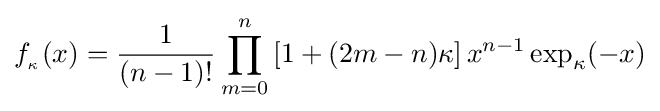
f_{_{\kappa }}(x)={\frac {1}{(n-1)!}}\prod _{m=0}^{n}\left[1+(2m-n)\kappa \right]x^{n-1}\exp _{\kappa }(-x)